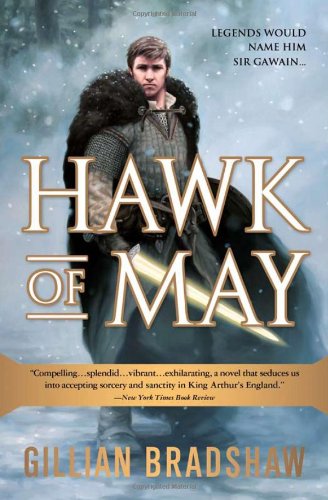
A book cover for Hawk of May (Down the Long Wind); Gillian Bradshaw; Science Fiction & Fantasy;